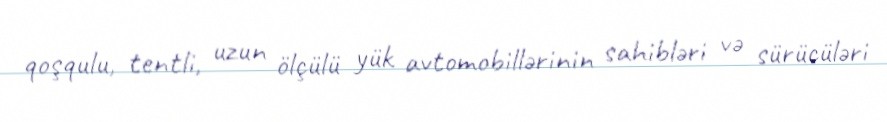
qoşqulu, tentli, uzun ölçülü yük avtomobillərinin sahibləri və sürücüləri